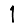
Digit: 1